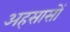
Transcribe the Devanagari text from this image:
अहसासों